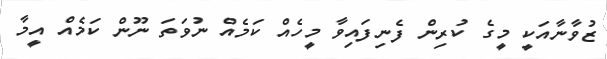
ޒުވާނާއަކީ މީގެ ކުރިން ފެނިފައިވާ މީހެއް ކަމެއް ނުވަތަ ނޫން ކަމެއް އީމާ